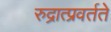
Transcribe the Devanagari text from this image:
रुद्रात्प्रवर्तते